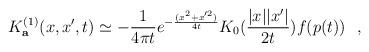
LaTeX: \begin{align*}K^{(1)}_{\bf a} (x,x',t)\simeq -{1\over 4\pi t}e^{-{(x^2+x'^2)\over 4t}}K_0({|x||x'|\over2t}) f(p(t))~~,\end{align*}